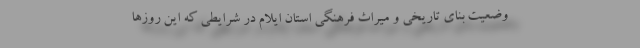
وضعیت بنای تاریخی و میراث فرهنگی استان ایلام در شرایطی که این روزها